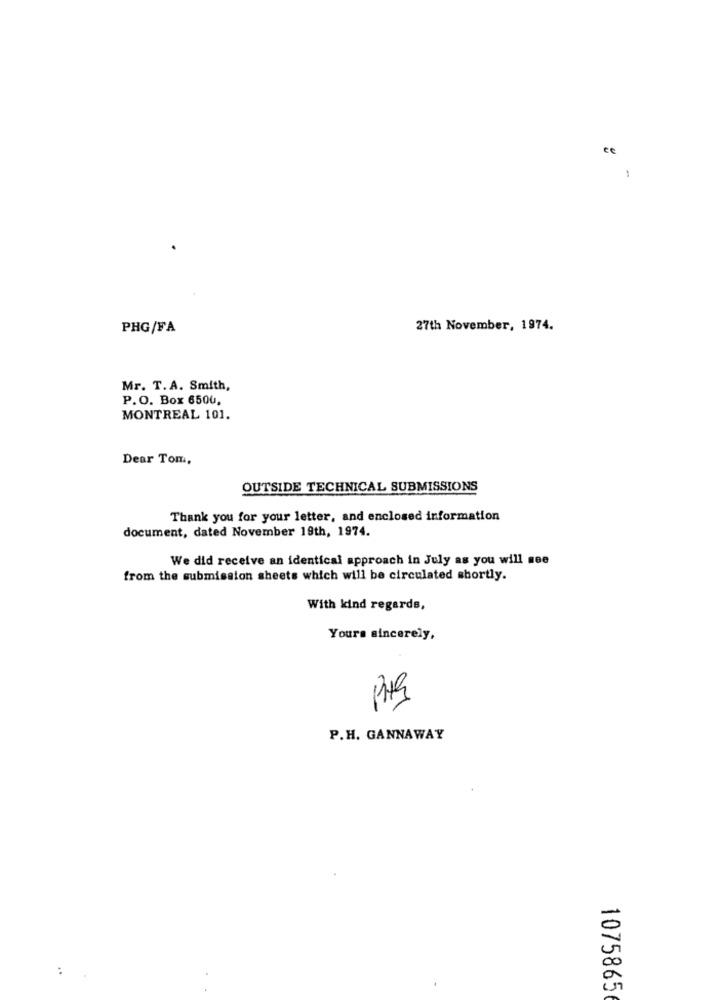
PHG/FA
27th November, 1974.
Mr. T.A. Smith,
P.O. Box 6500,
MONTREAL 101.
Dear Tom,
OUTSIDE TECHNICAL SUBMISSIONS
Thank you for your letter, and enclosed information
document, dated November 19th, 1974.
We did receive an identical approach in July as you will see
from the submission sheets which will be circulated shortly.
With kind regards,
Yours sincerely,
PHg
P.H. GANNAWAY
:
1075865